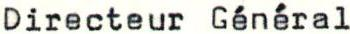
Directeur Général